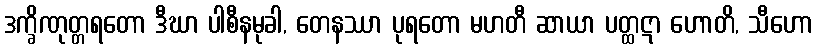
ဒက္ခိဏုတ္တရတော ဒီဃာ ပါစီနမုခါ, တေနဿာ ပုရတော မဟတီ ဆာယာ ပတ္ထဋာ ဟောတိ, သီဟော